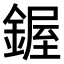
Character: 𫒷